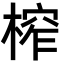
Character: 榨